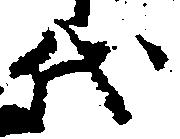
代